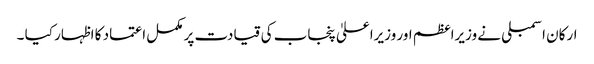
ارکان اسمبلی نے وزیراعظم اور وزیراعلیٰ پنجاب کی قیادت پر مکمل اعتماد کا اظہار کیا ۔